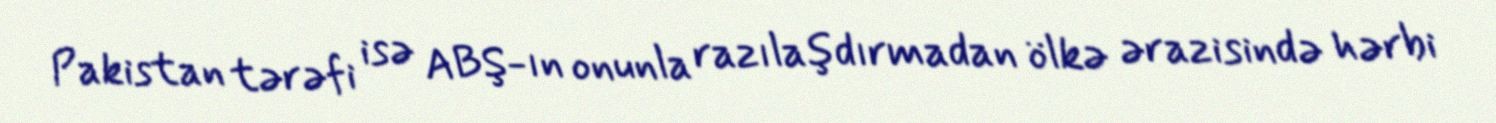
Pakistan tərəfi isə ABŞ-ın onunla razılaşdırmadan ölkə ərazisində hərbi